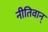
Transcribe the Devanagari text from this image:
नीतिवान्‌